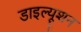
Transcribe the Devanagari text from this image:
डाइल्यूशन